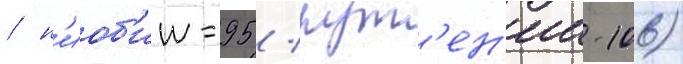
/ н'иоб'ии-95 / рут'ен'ии-106)